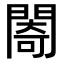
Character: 𨵤